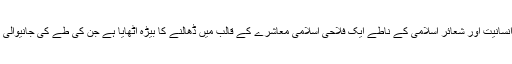
اب سعودی فرمانروا شاہ سلمان بن عبدالعزیز نے سعودی معاشرے کو شرف انسانیت اور شعائر اسلامی کے ناطے ایک فلاحی اسلامی معاشرے کے قالب میں ڈھالنے کا بیڑہ اٹھایا ہے جن کی طے کی جانیوالی پالیسیاں اسلامی دنیا اور اقوام عالم میں تیزی سے مقبولیت حاصل کررہی ہیں۔